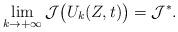
LaTeX: \begin{align*}\lim_{k\rightarrow +\infty }\mathcal{J}\big(U_{k}(Z,t)\big) = \mathcal{J}^{*}. \end{align*}